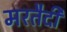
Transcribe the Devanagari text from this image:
मरतैदी